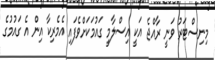
މިނިސްޓަރު ވަނީ ރާއްޖެ އަކީ އިސްލާމީ ގައުމަކަށްވެފައި އެމެރިކާ އިން އެ ގައުމުގެ